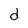
Character: d